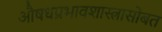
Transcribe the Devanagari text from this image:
औषधप्रभावशास्त्रासोबत